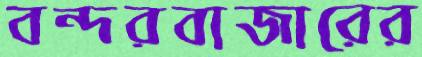
বন্দরবাজারের